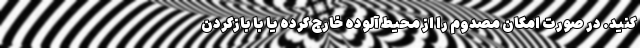
کنید. در صورت امکان مصدوم را از محیط آلوده خارج کرده یا با بازکردن